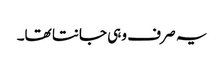
یہ صر ف وہی جانتا تھا۔